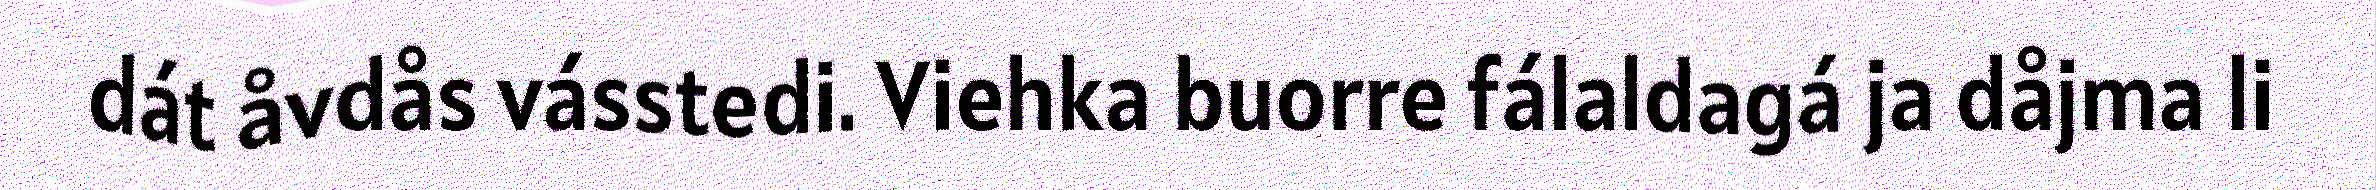
dát åvdås vásstedi. Viehka buorre fálaldagá ja dåjma li